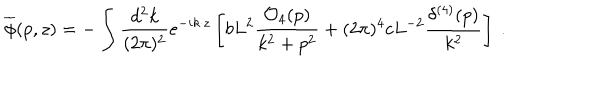
{ \overline { { \phi } } } ( p , z ) = - \int { \frac { d ^ { 2 } k } { ( 2 \pi ) ^ { 2 } } } e ^ { - i k \cdot z } \left[ b L ^ { 2 } { \frac { { \cal O } _ { 4 } ( p ) } { k ^ { 2 } + p ^ { 2 } } } + ( 2 \pi ) ^ { 4 } c L ^ { - 2 } { \frac { \delta ^ { ( 4 ) } ( p ) } { k ^ { 2 } } } \right] ~ .